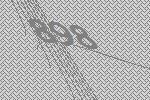
898